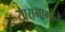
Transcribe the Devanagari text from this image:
सारामागोने